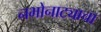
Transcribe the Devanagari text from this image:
नभोनाट्याचा